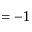
= - 1